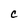
Character: C